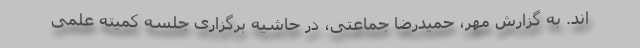
اند. به گزارش مهر، حمیدرضا جماعتی، در حاشیه برگزاری جلسه کمیته علمی